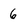
Character: 6